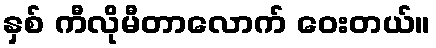
နှစ် ကီလိုမီတာလောက် ဝေးတယ်။